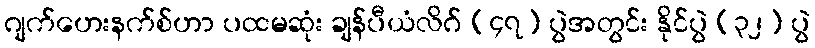
ဂျက်ဟေးနက်စ်ဟာ ပထမဆုံး ချန်ပီယံလိဂ် (၄၇) ပွဲအတွင်း နိုင်ပွဲ (၃၂) ပွဲ